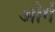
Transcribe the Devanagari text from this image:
और्ग